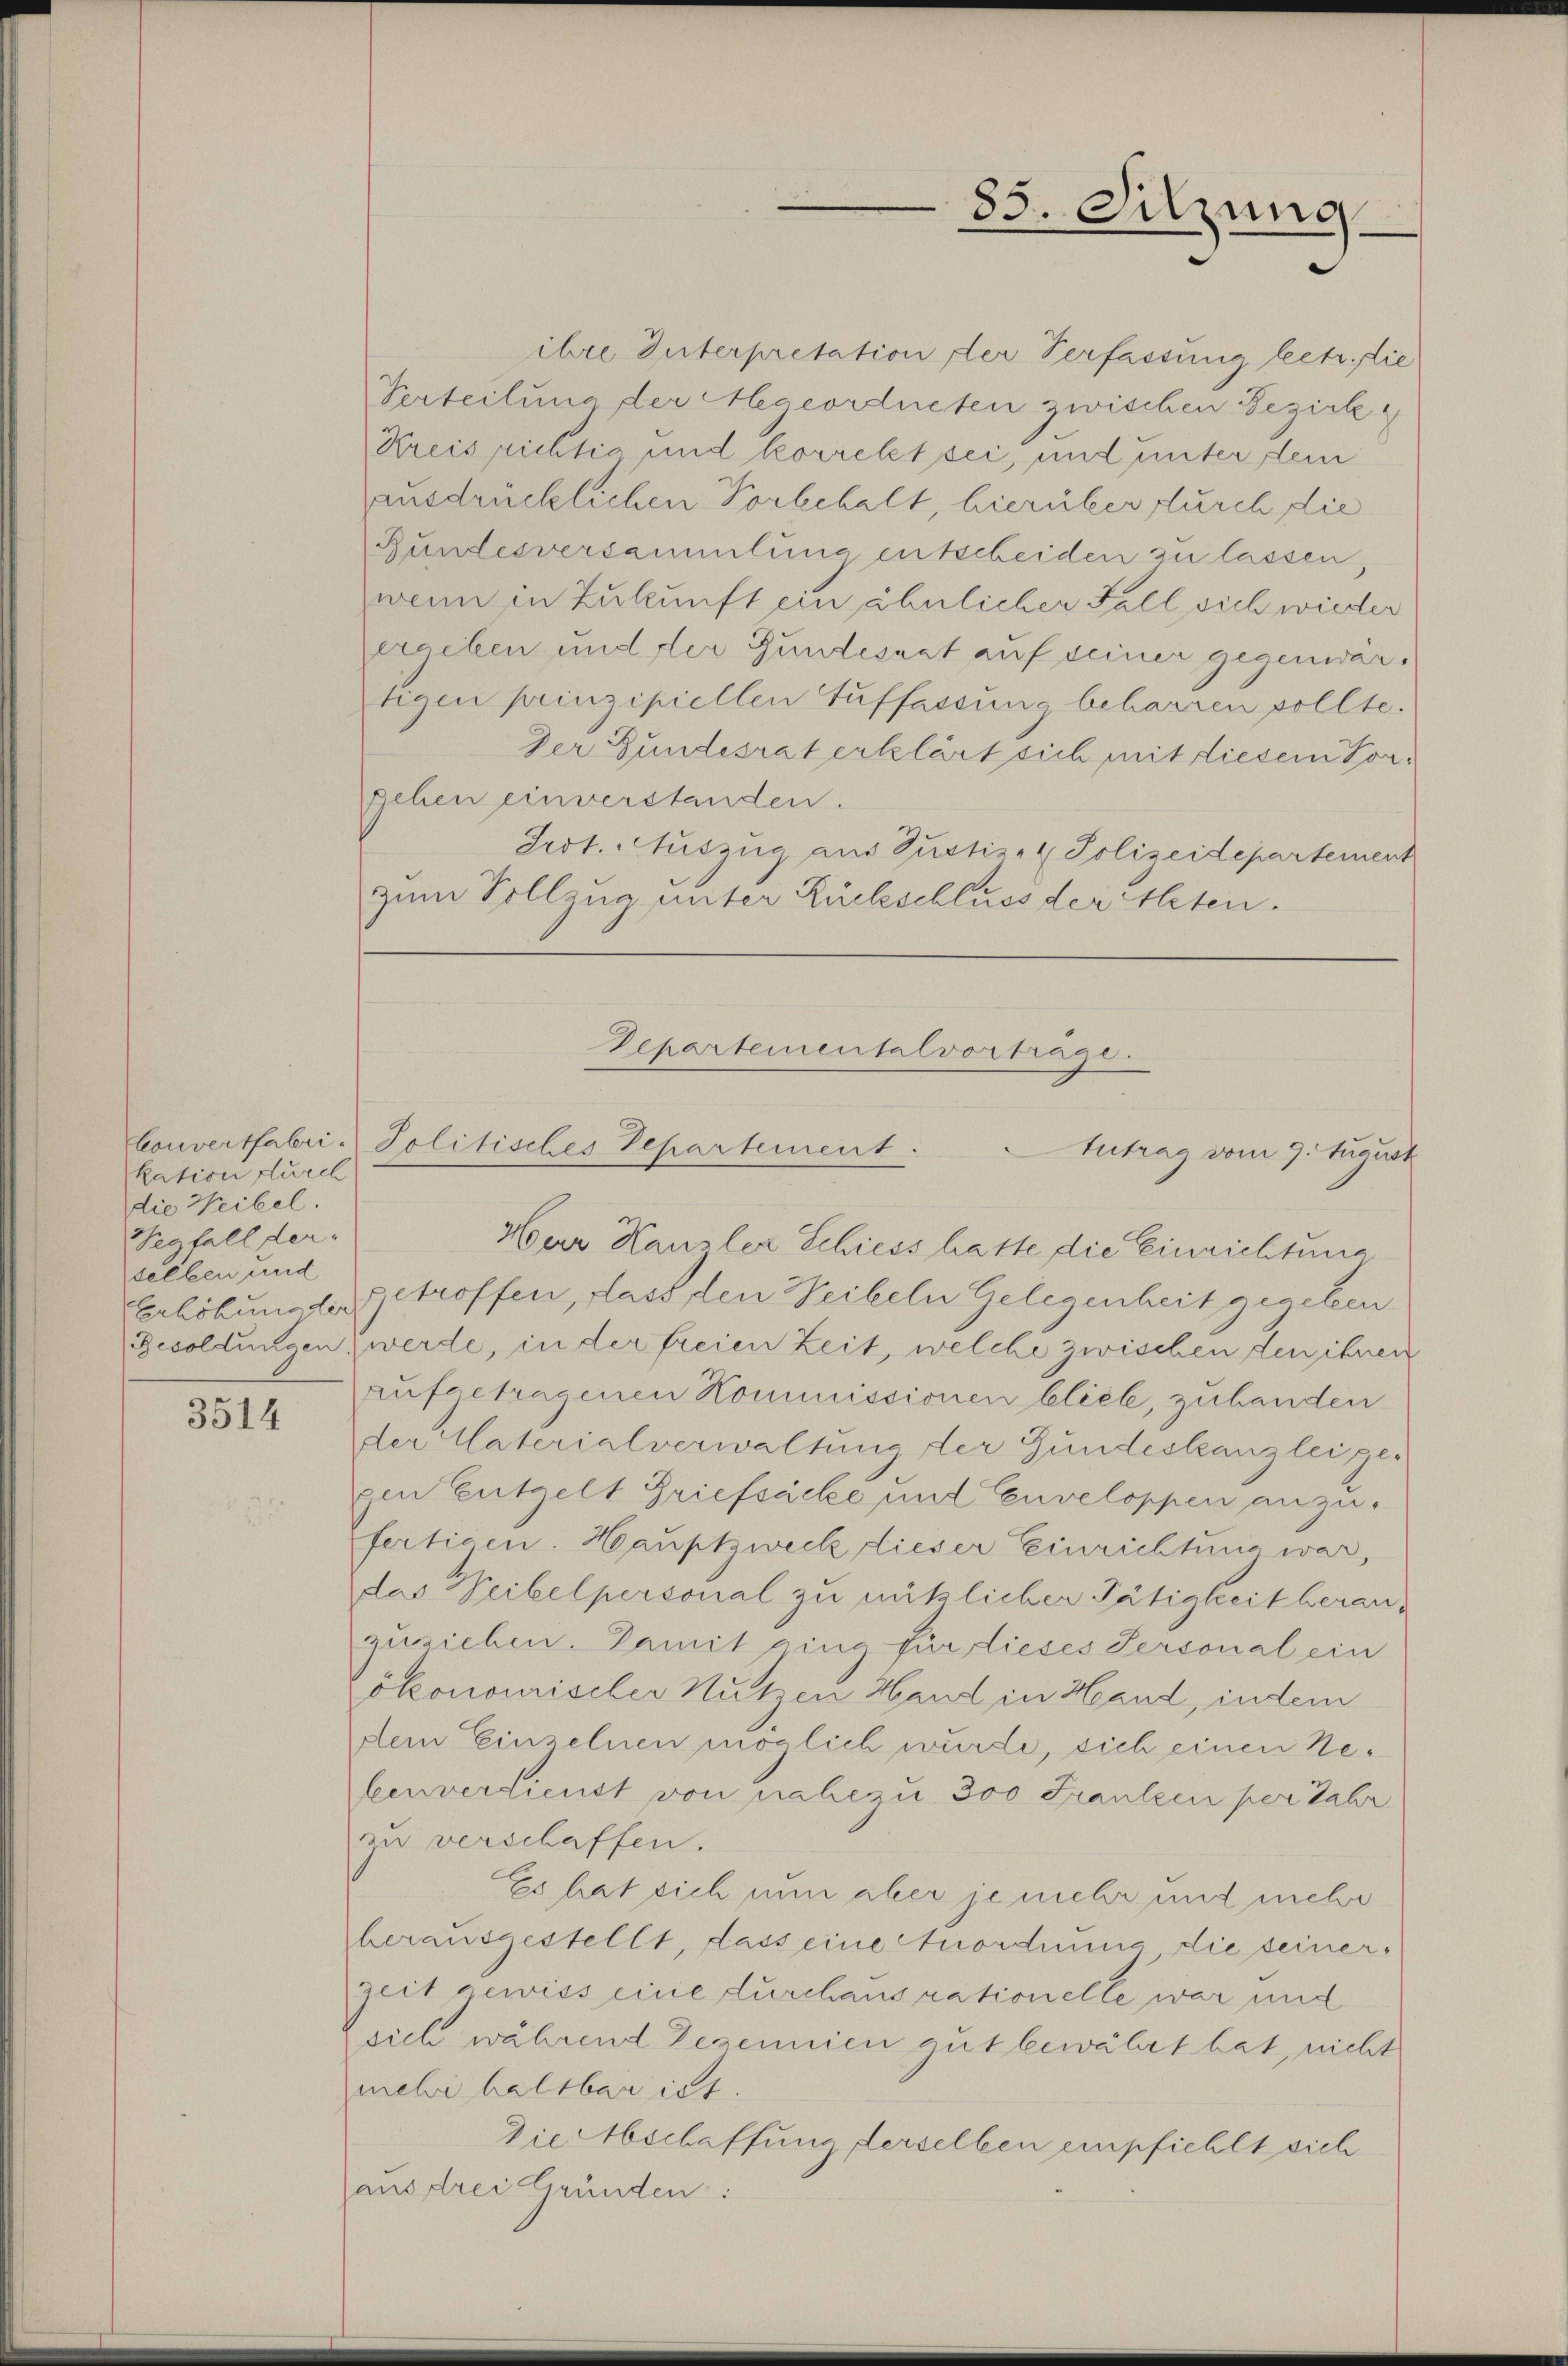
kation furch
die Weibel.
Wegfall derselben und

3514

ihre Interpretation der Verfassung betr. die
Verteilung der Megeordneten zwischen Bezirk
Kreis richtig und korrekt sei, und unter dem
ausdrücklichen Vorbehalt, hierüber durch die
Gundesversammlung entscheiden zu lassen,
wenn in Zukunft ein ähnlicher Fall sich wieder
ergeben und der Gundesart auf seiner gegenwärtigen prinzipiellen Auffassung beharren sollte.
Der Gundesrat erklärt sich mit diesem Vorgehen einverstanden.
Frdt. Auszug aus Justiz- & Polizeidepartement
zum Vollzug unter Rückschluss der Alten.

85. Sitzung

Departementalvorträge.
Couvertfabri-Politisches Departement.
Antrag vom 9. August

Har Kanzler Schiess hatte die Einrichtung
Erhöhung der getroffen, dass den Weibeln Gelegenheit geschen
Besoldungen, werde, in der freien Zeit, welche zwischen den ihnen
aufgetragenen Kommissionen blieb, zubanden
der Vaterialverwaltung der Gundeskanzlei gegen Entzelt Briefsäcke und Cenveloppen anzu-
fertigen. Hauptzweck dieser Einrichtung war,
das Weibelpersonal zu nützlicher Tätigkeit berau-
zuziehen. Damit ging für dieses Personal ein
ökonomischer Nutzen Hand in Hand, indem
dem Einzelnen möglich wurde, sich einen Nelenvertienst von nahezu 300 Franken per Jahr
zu verschaffen.
Es hat sich nun aber je mehr und mehr
herausgestellt, dass eine Anordnung die seiner-
Zeit gewiss eine durchaus rationelle war und
sich während Rezennien gut bewährt hat, nicht
meli haltbar ist.
Die Abschaffung derselben empfiehlt sich
aus drei Gründen: